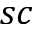
s c